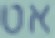
אט